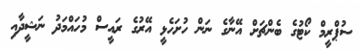
ސުޕްރީމް ކޯޓުގެ ބެންޗަށް އޭނާގެ ނަން ހުށަހެޅީ އޭރުގެ ރައީސް މުހައްމަދު ނަޝީދާއި